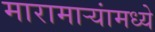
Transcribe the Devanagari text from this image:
मारामाऱ्यांमध्ये